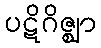
ပဋိဂိဇ္ဈာ